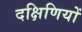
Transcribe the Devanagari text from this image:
दक्षिणियों